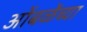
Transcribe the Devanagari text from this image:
ओंबळेंच्या